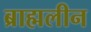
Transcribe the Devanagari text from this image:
ब्राह्मलीन